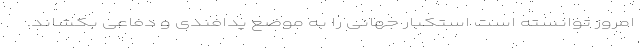
امروز توانسته است استکبار جهانی را به موضع پدافندی و دفاعی بکشاند.